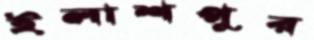
ইলাশপুর